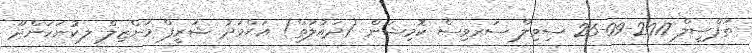
ތަފްސީލް 2017-09-26 ސިވިލް ސަރވިސް ކޮމިޝަން (ދައުލަތް) އަޙްމަދު ޝަރީފް މަންޒިލް ލ.ކުނަހަންދޫ